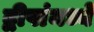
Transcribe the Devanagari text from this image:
द्वीपांमध्ये